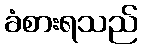
ခံစားရသည်